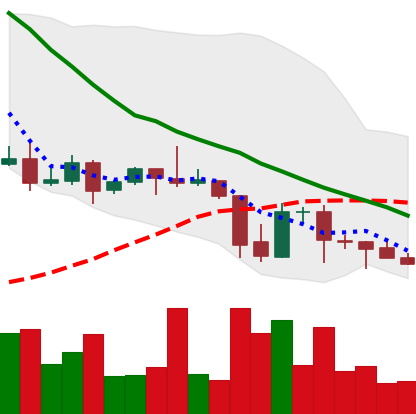
Ticker: DOGE-USD
Chart end date: 2021-09-28
Forward return: 12.675%
Label: up_7plus